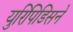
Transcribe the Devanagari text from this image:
युरिपिडिसने